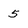
Character: 5